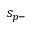
s _ { p - }